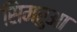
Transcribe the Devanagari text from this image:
सिमरुआ